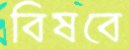
বিষবে